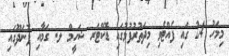
މިމަހު 24 ގައި ފެއްޓެވި މިދަތުރުފުޅުގައި ޑޮކްޓަރ ޝަހީމް ލ. ގަމާއި ފޮނަދޫގައި